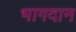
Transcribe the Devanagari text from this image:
भागदान